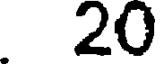
20